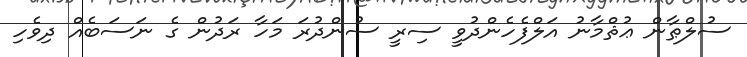
ސުލްޠާން ޢުޘްމާނު އަލްފެހެންދުވީ ސިރީ ސުންދުރަ މަހާ ރަދުން ގެ ނަސަބެއް ދިވެހި